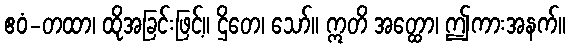
ဧဝံ-တထာ၊ ထိုအခြင်းဖြင့်။ ဌိတေ၊ သော်။ ဣတိ အတ္ထော၊ ဤကားအနက်။